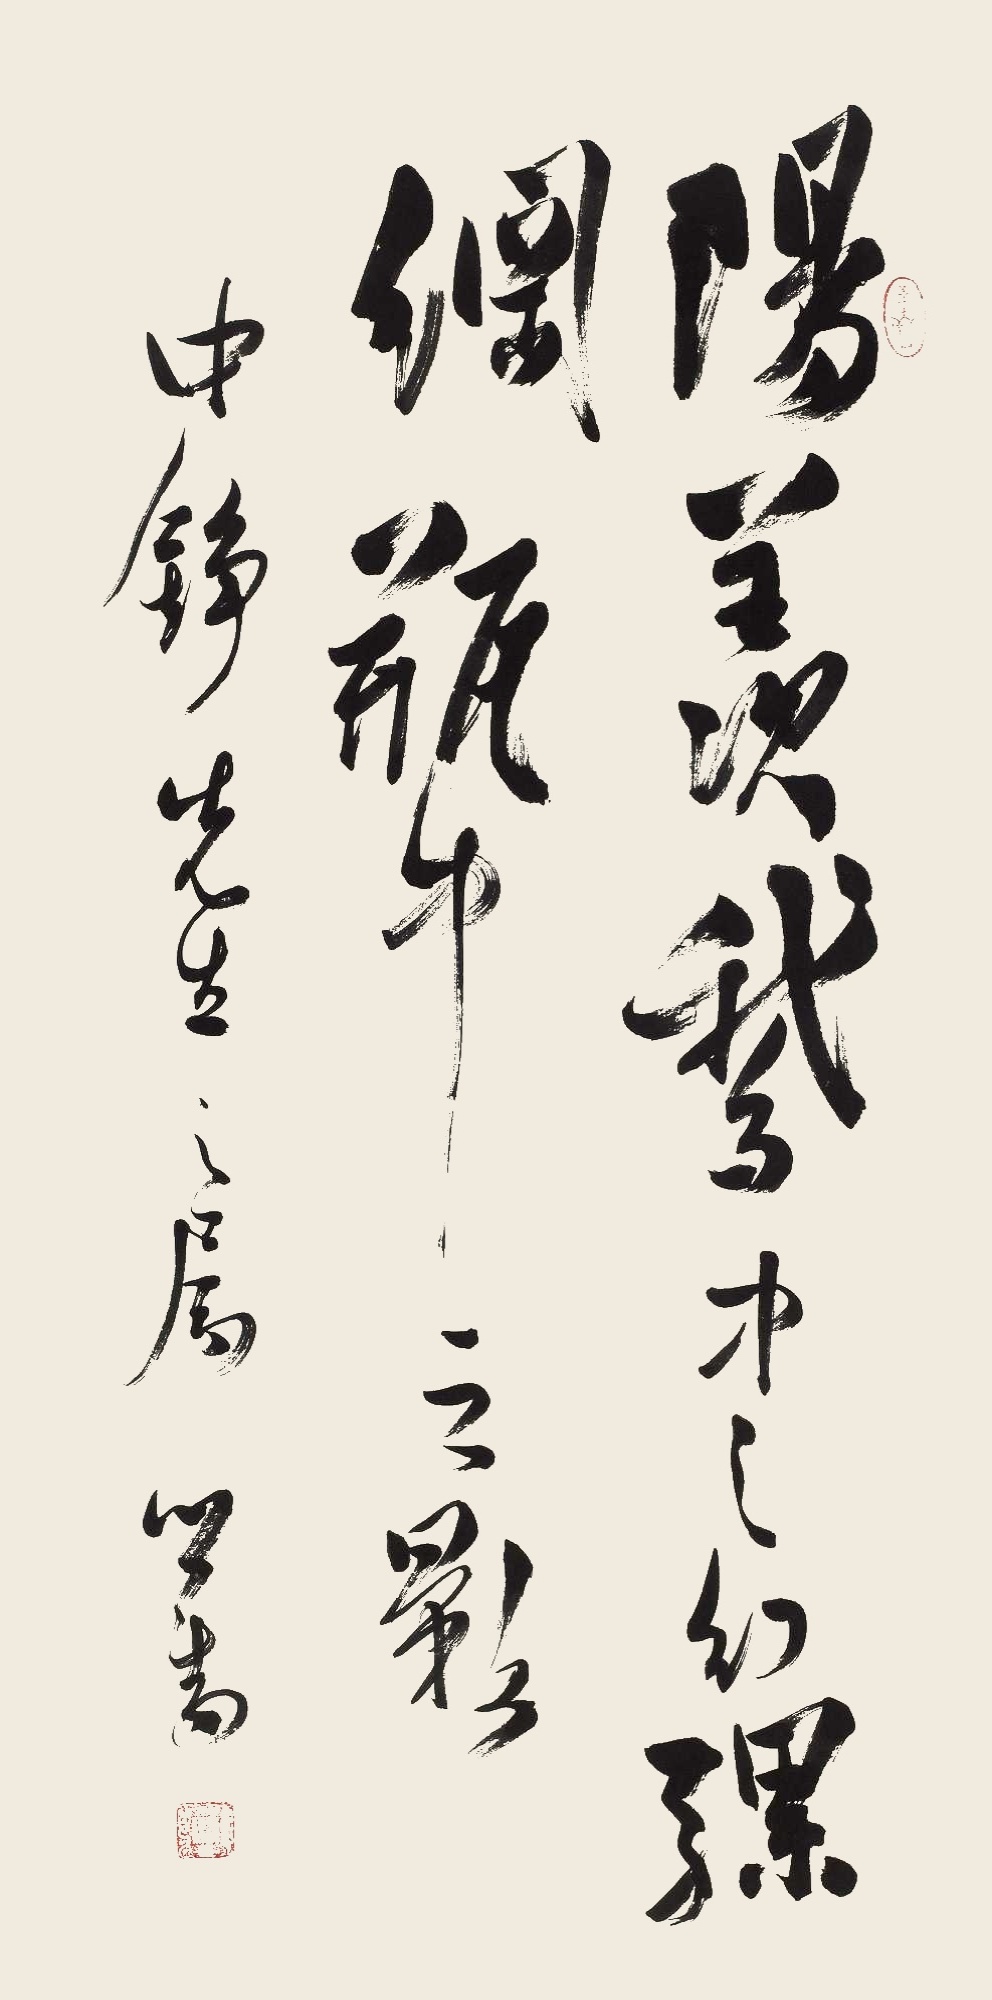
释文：阳羡鹅中之幻，骡纲瓶中之影。中铮先生之属。心畬。